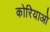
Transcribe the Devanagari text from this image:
कोरियाओ